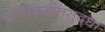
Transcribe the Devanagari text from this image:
याबाबतीतसुद्‌धा